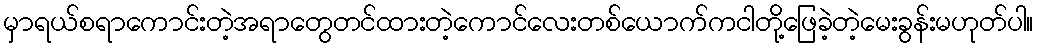
မှာရယ်စရာကောင်းတဲ့အရာတွေတင်ထားတဲ့ကောင်လေးတစ်ယောက်ကငါတို့ဖြေခဲ့တဲ့မေးခွန်းမဟုတ်ပါ။